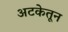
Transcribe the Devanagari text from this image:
अटकेतून